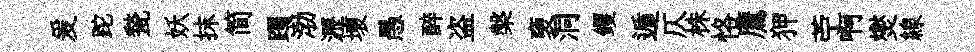
爰跎甃妖抹简躅渤瀝壞愚醉盗槃褏洞钁遁仄株恪鷹狎苧啊爕線